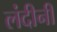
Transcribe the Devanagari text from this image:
लंदीनी